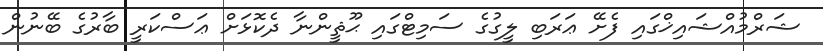
ޝަރްމުއްޝައިޚްގައި ފެށޭ ޢަރަބި ލީގުގެ ސަމިޓްގައި ޙޫޘީންނާ ދެކޮޅަށް ޢަސްކަރީ ބާރުގެ ބޭނުން